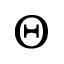
\Theta